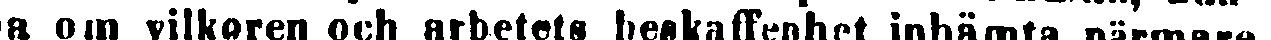
na om vilkoren och arbetets beskaffenhet inhämta närmare